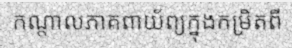
កណ្តាលភាគពាយ័ព្យក្នុងកម្រិតពី